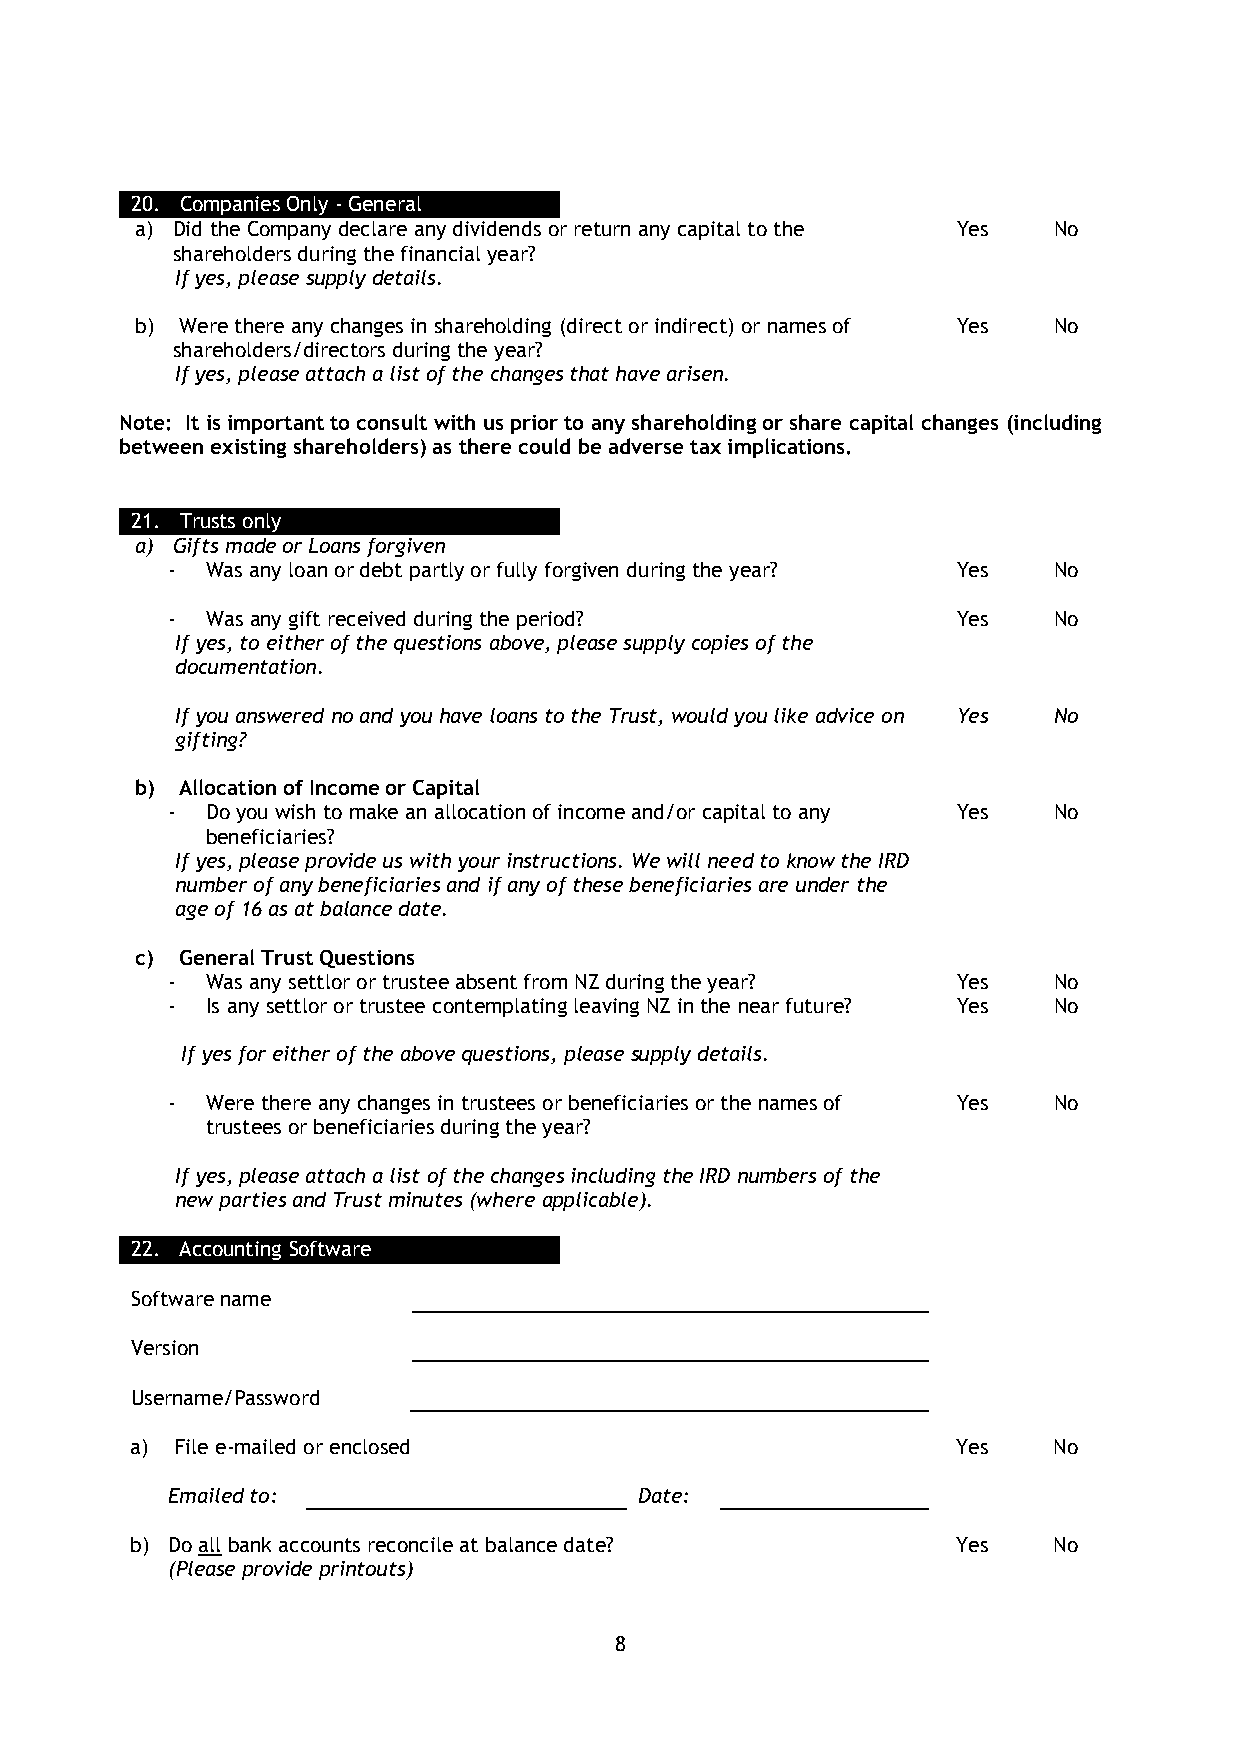
20. Companies Only - General
 a) Did the Company declare any dividends or return any capital to the Yes No
 shareholders during the financial year?
 If yes, please supply details.
 b) Were there any changes in shareholding (direct or indirect) or names of Yes No
 shareholders/directors during the year?
 If yes, please attach a list of the changes that have arisen.
 Note: It is important to consult with us prior to any shareholding or share capital changes (including
 between existing shareholders) as there could be adverse tax implications.
 21. Trusts only
 a) Gifts made or Loans forgiven
 -  Was any loan or debt partly or fully forgiven during the year? Yes No
 -  Was any gift received during the period?         Yes    No
 If yes, to either of the questions above, please supply copies of the
 documentation.
 If you answered no and you have loans to the Trust, would you like advice on Y es No
 gifting?
 b) Allocation of Income or Capital
 -  Do you wish to make an allocation of income and/or capital to any Yes No
 beneficiaries?
 If yes, please provide us with your instructions. We will need to know the IRD
 number of any beneficiaries and if any of these beneficiaries are under the
 age of 16 as at balance date.
 c) General Trust Questions
 -  Was any settlor or trustee absent from NZ during the year? Yes No
 -  Is any settlor or trustee contemplating leaving NZ in the near future? Yes No
 If yes for either of the above questions, please supply details.
 -  Were there any changes in trustees or beneficiaries or the names of Yes No
 trustees or beneficiaries during the year?
 If yes, please attach a list of the changes including the IRD numbers of the
 new parties and Trust minutes (where applicable).
 22. Accounting Software
 Software name
 Version
 Username/Password
 a) File e-mailed or enclosed                          Yes    No
 Emailed to:                    Date:
 b) Do all bank accounts reconcile at balance date?    Yes    No
 (Please provide printouts)
 8